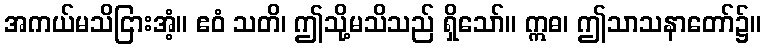
အကယ်မသိငြားအံ့။ ဧဝံ သတိ၊ ဤသို့မသိသည် ရှိသော်။ ဣဓ၊ ဤသာသနာတော်၌။